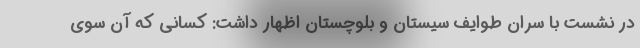
در نشست با سران طوایف سیستان و بلوچستان اظهار داشت: کسانی که آن سوی